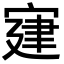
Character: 𡩌